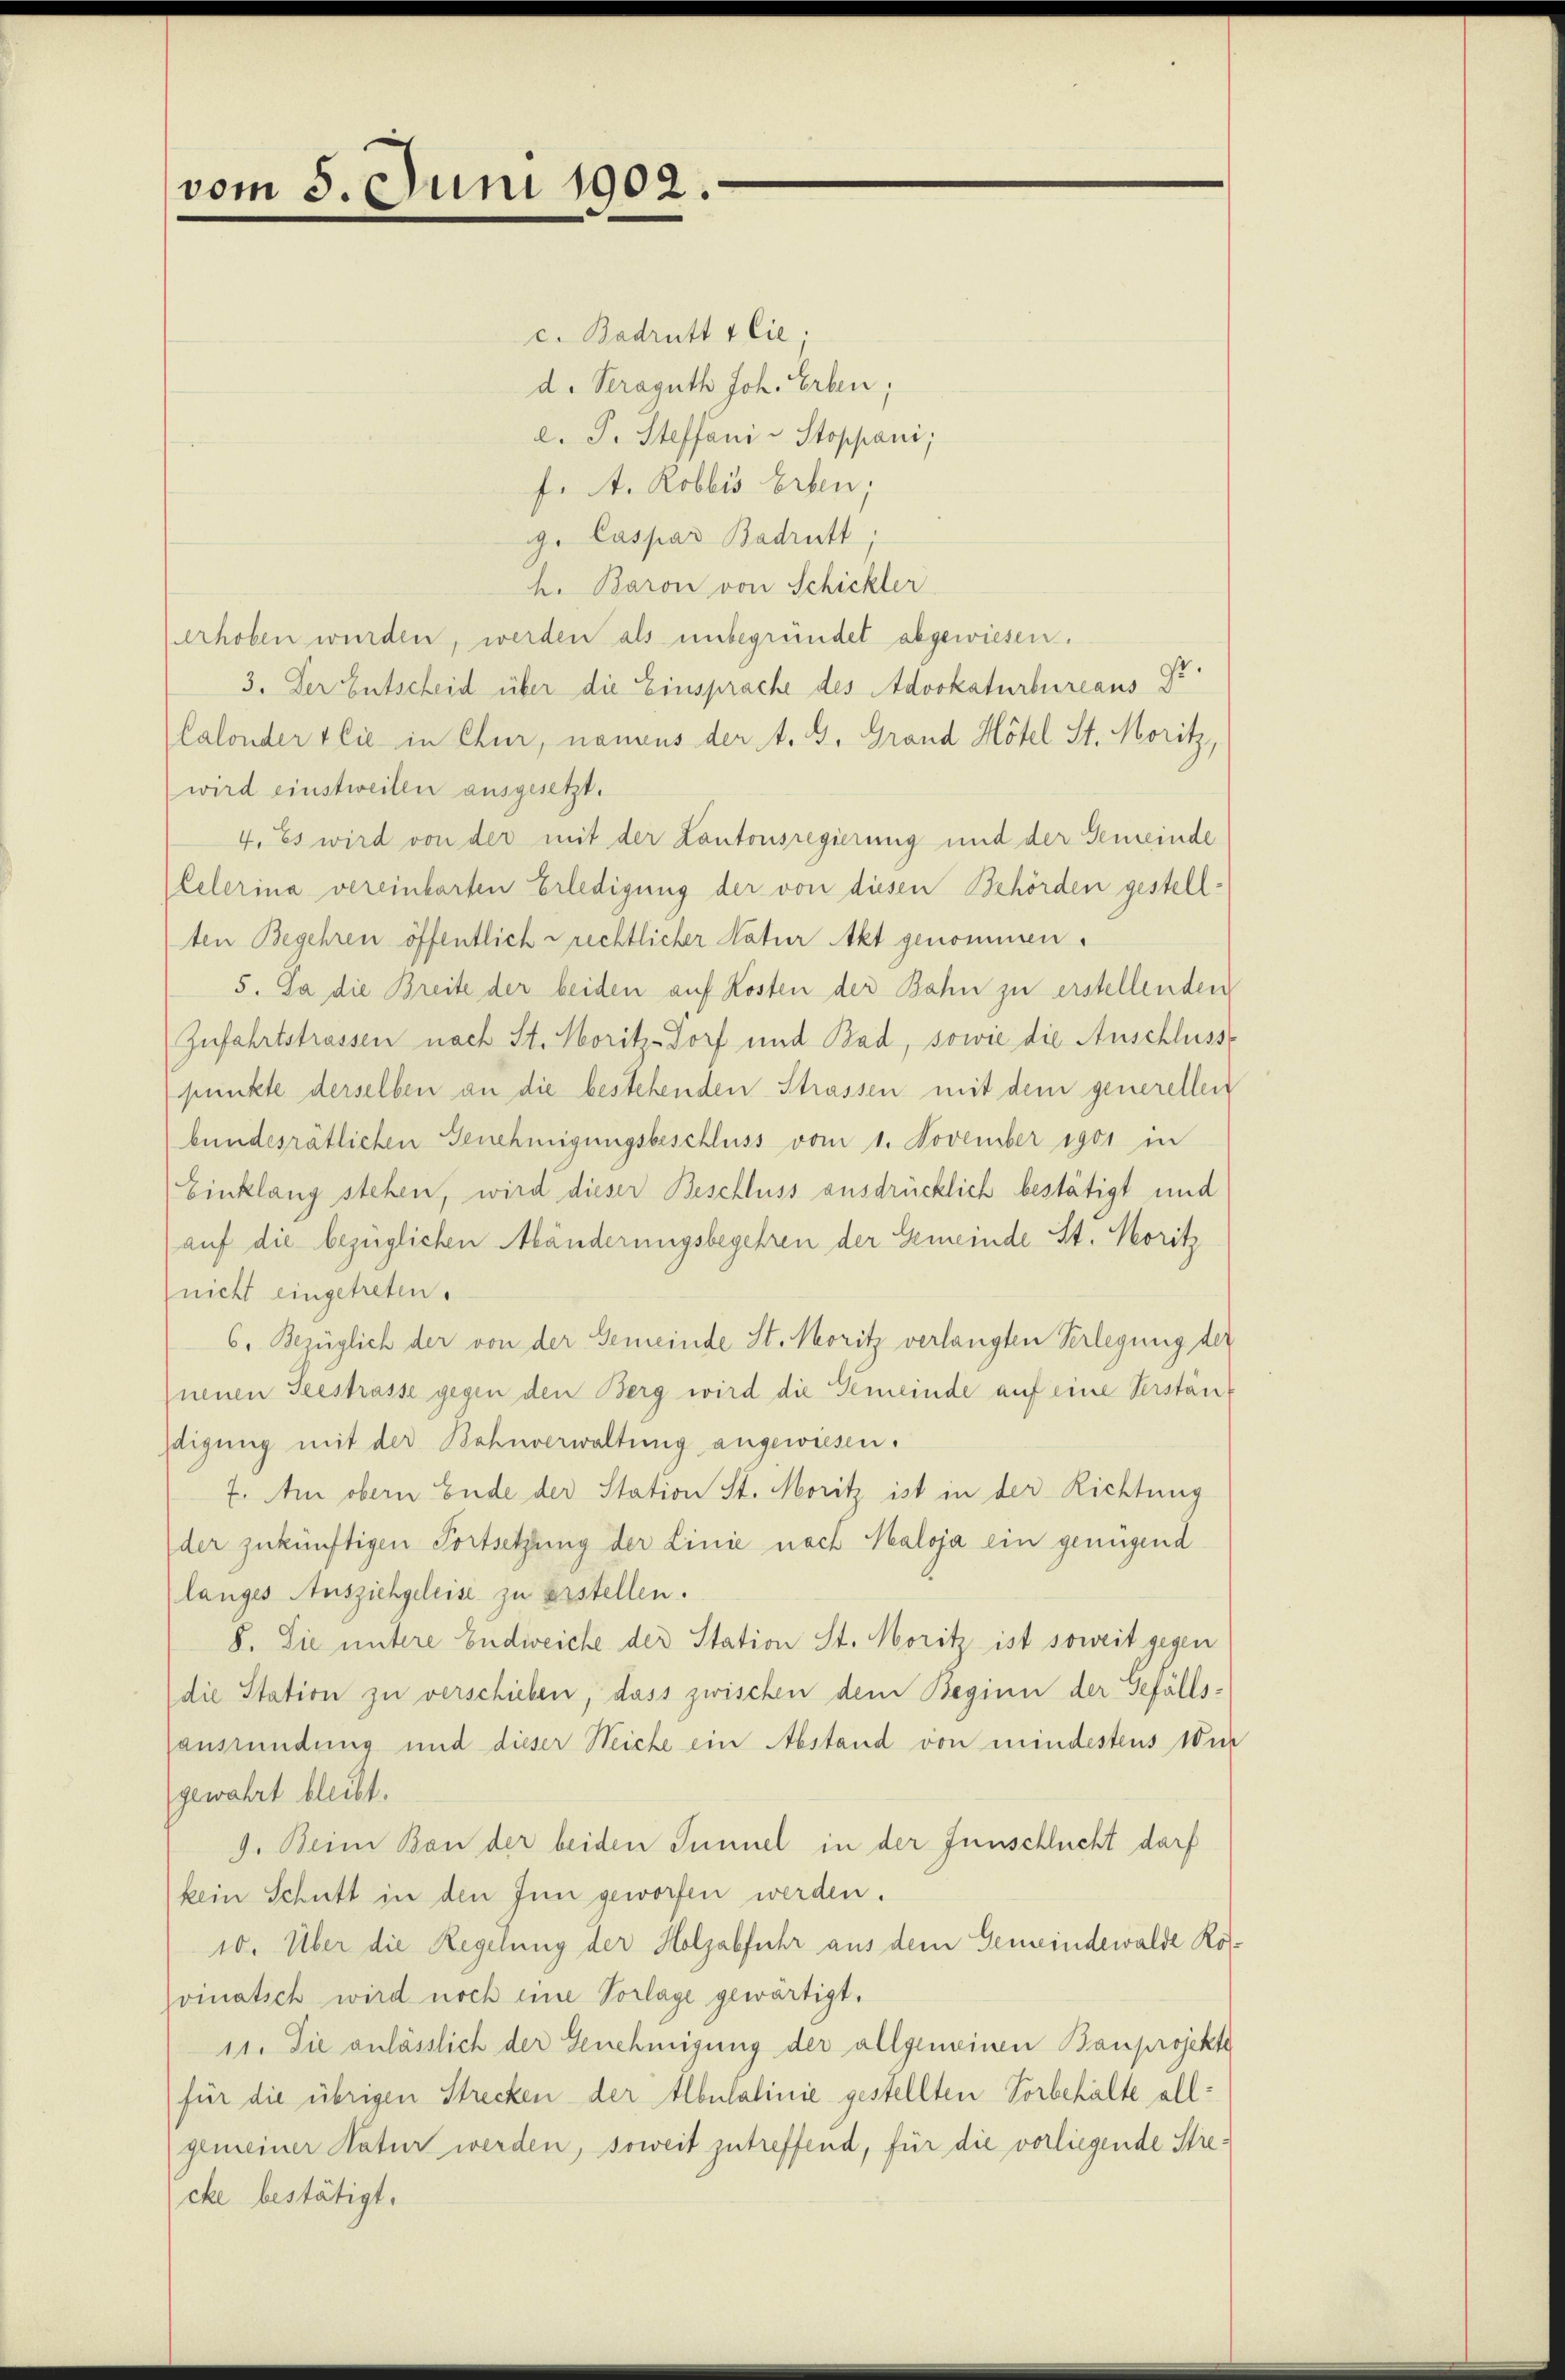
vom 5. Juni 1902

c. Badrutt & Cie;
d. Seraguth Joh. Erben,
d. J. Steffani u Stoppani;
f. A. Robbis Erben;
g. Caspar Badrutt
h. Baron von Schickler
erhoben wurden, werden als unbegründet abgewiesen.
3. Der Entscheid über die Einsprache des Advokaturbureaus Sr
Calonder sie in Chur, namens der A. G. Grand Hotel St. Moritz,
wird einstweilen ausgesetzt.
4. Es wird von der mit der Lantonsregierung und der Gemeinde
lelerina vereinbarten Erledigung der von diesen Behörden gestellten Begehren öffentlich rechtlicher Natur Akt genommen.
5. Da die Breite der beiden auf Kosten der Bahn zu erstellenden
Zufahrtstrassen nach St. Moritz-Dorf und Bad, sowie die Anschlusse
punkte derselben an die bestehenden Strassen mit dem generellen
bundesrätlichen Genehmigungsbeschluss vom 1. November 1901 in
Einklang stehen, wird dieser Beschluss ausdrücklich bestätigt und
auf die bezüglichen Mänderungsbegehren der Gemeinde St. Moritz
nicht eingetreten.
6. Bezüglich der von der Gemeinde St. Moritz verlangten Verlegung der
neuen Seestrasse gegen den Berg wird die Gemeinde auf eine Verständigung mit der Bahnverwaltung angewiesen.
7. Am obern Ende der Station St. Moritz ist in der Richtung
der zukünftigen Fortsetzung der Linie nach Maloja ein genügend
langes Ausziehgeleise zu erstellen.
8. Die untere Endweiche der Station St. Moritz ist soweit gegen
(die Station zu verschieben, dass zwischen dem Beginn der Gefällsansründung und dieser Reiche ein Abstand von mindestens wur
gewahrt bleibt.
9. Beim Bau der beiden Summel in der Innschlucht darf
kein Schutt in den Inn geworfen werden.
10. Über die Regelung der Holzabfuhr aus dem Gemeindewalde Kovinatich wird noch eine Vorlage gewärtigt.
11. Sie anlässlich der Genehmigung der allgemeinen Bauprojekte
für die übrigen Strecken der Albulalinie gestellten Vorbehalte allgemeiner Natur werden, soweit zutreffend, für die vorliegende Strecke bestätigt.